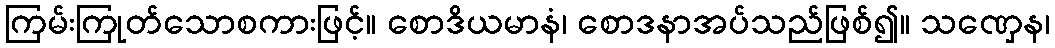
ကြမ်းကြုတ်သောစကားဖြင့်။ စောဒိယမာနံ၊ စောဒနာအပ်သည်ဖြစ်၍။ သဏှေန၊